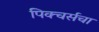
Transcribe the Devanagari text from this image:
पिक्चर्सचा